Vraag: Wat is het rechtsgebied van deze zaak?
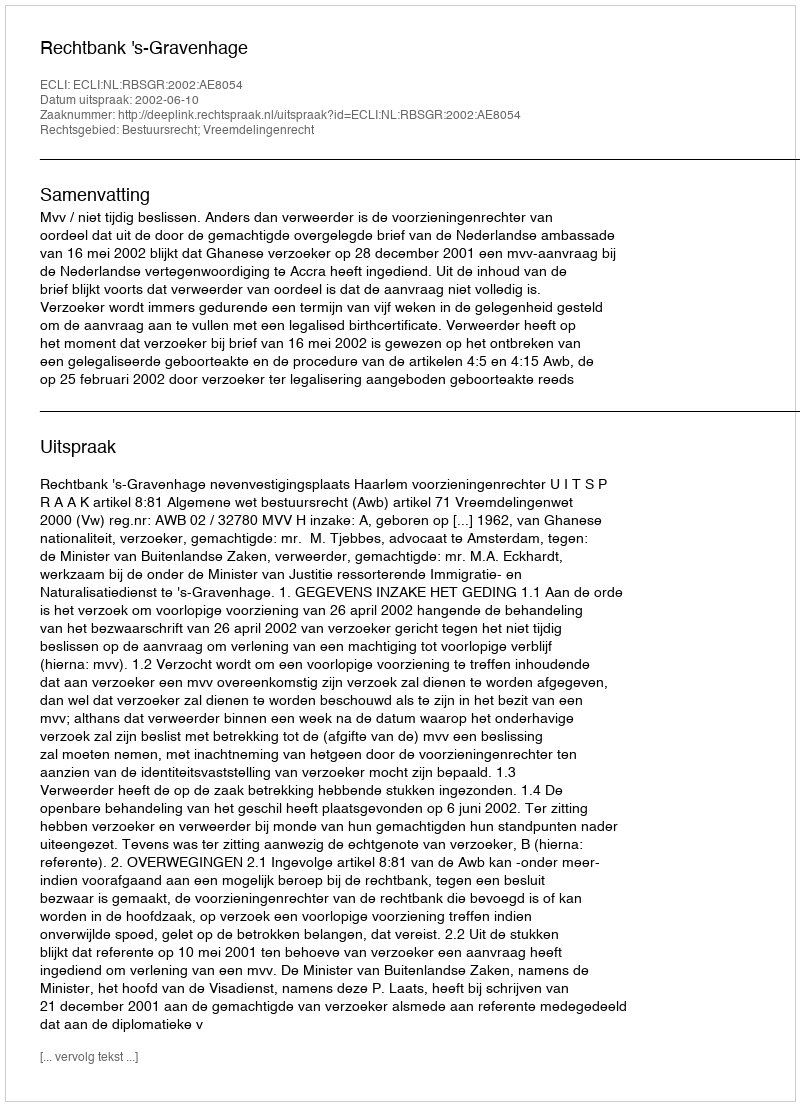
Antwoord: Bestuursrecht; Vreemdelingenrecht